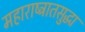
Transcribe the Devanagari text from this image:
महाराष्ट्रातसुद्धा